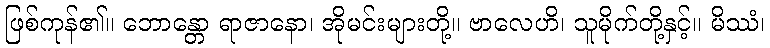
ဖြစ်ကုန်၏။ ဘောန္တော ရာဇာနော၊ အိုမင်းများတို့။ ဗာလေဟိ၊ သူမိုက်တို့နှင့်။ မိဿံ၊